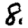
Digit: 8